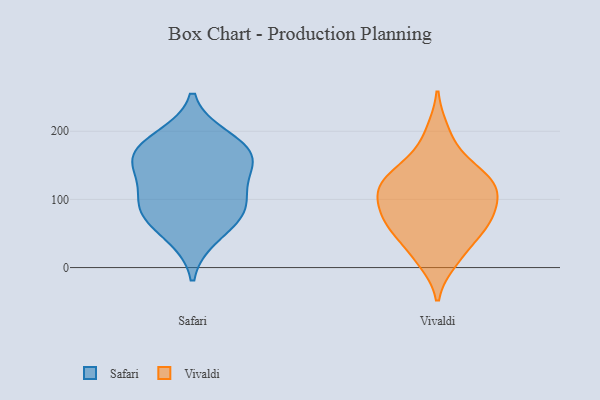
{"axis": {"x": "Backlog", "y": "Value"}, "legend": ["Safari", "Vivaldi"], "data": [{"x": "", "y": 146, "type": "Safari"}, {"x": "", "y": 166, "type": "Safari"}, {"x": "", "y": 46, "type": "Safari"}, {"x": "", "y": 82, "type": "Safari"}, {"x": "", "y": 82, "type": "Safari"}, {"x": "", "y": 88, "type": "Safari"}, {"x": "", "y": 190, "type": "Safari"}, {"x": "", "y": 157, "type": "Safari"}, {"x": "", "y": 175, "type": "Safari"}, {"x": "", "y": 117, "type": "Safari"}, {"x": "", "y": 117, "type": "Vivaldi"}, {"x": "", "y": 48, "type": "Vivaldi"}, {"x": "", "y": 161, "type": "Vivaldi"}, {"x": "", "y": 134, "type": "Vivaldi"}, {"x": "", "y": 71, "type": "Vivaldi"}, {"x": "", "y": 137, "type": "Vivaldi"}, {"x": "", "y": 10, "type": "Vivaldi"}, {"x": "", "y": 105, "type": "Vivaldi"}, {"x": "", "y": 19, "type": "Vivaldi"}, {"x": "", "y": 200, "type": "Vivaldi"}, {"x": "", "y": 105, "type": "Vivaldi"}, {"x": "", "y": 127, "type": "Vivaldi"}, {"x": "", "y": 68, "type": "Vivaldi"}, {"x": "", "y": 66, "type": "Vivaldi"}, {"x": "", "y": 66, "type": "Vivaldi"}, {"x": "", "y": 106, "type": "Vivaldi"}]}